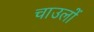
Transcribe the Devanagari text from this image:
चाउलों